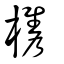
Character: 槜